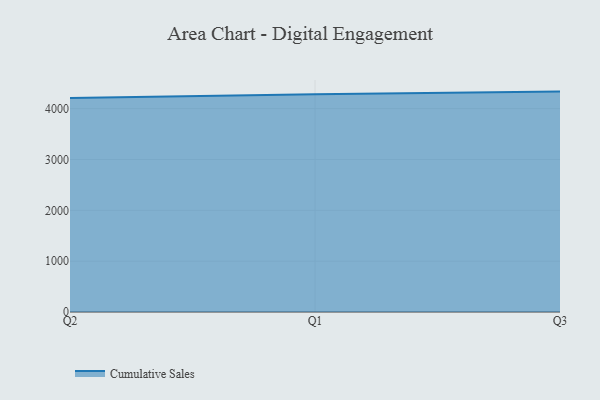
{"axis": {"x": "Quarter", "y": "Energy Usage (MWh)"}, "legend": ["Cumulative Sales"], "data": [{"x": "Q2", "y": 4210.0, "type": "Cumulative Sales"}, {"x": "Q1", "y": 4283.6, "type": "Cumulative Sales"}, {"x": "Q3", "y": 4334.5, "type": "Cumulative Sales"}]}